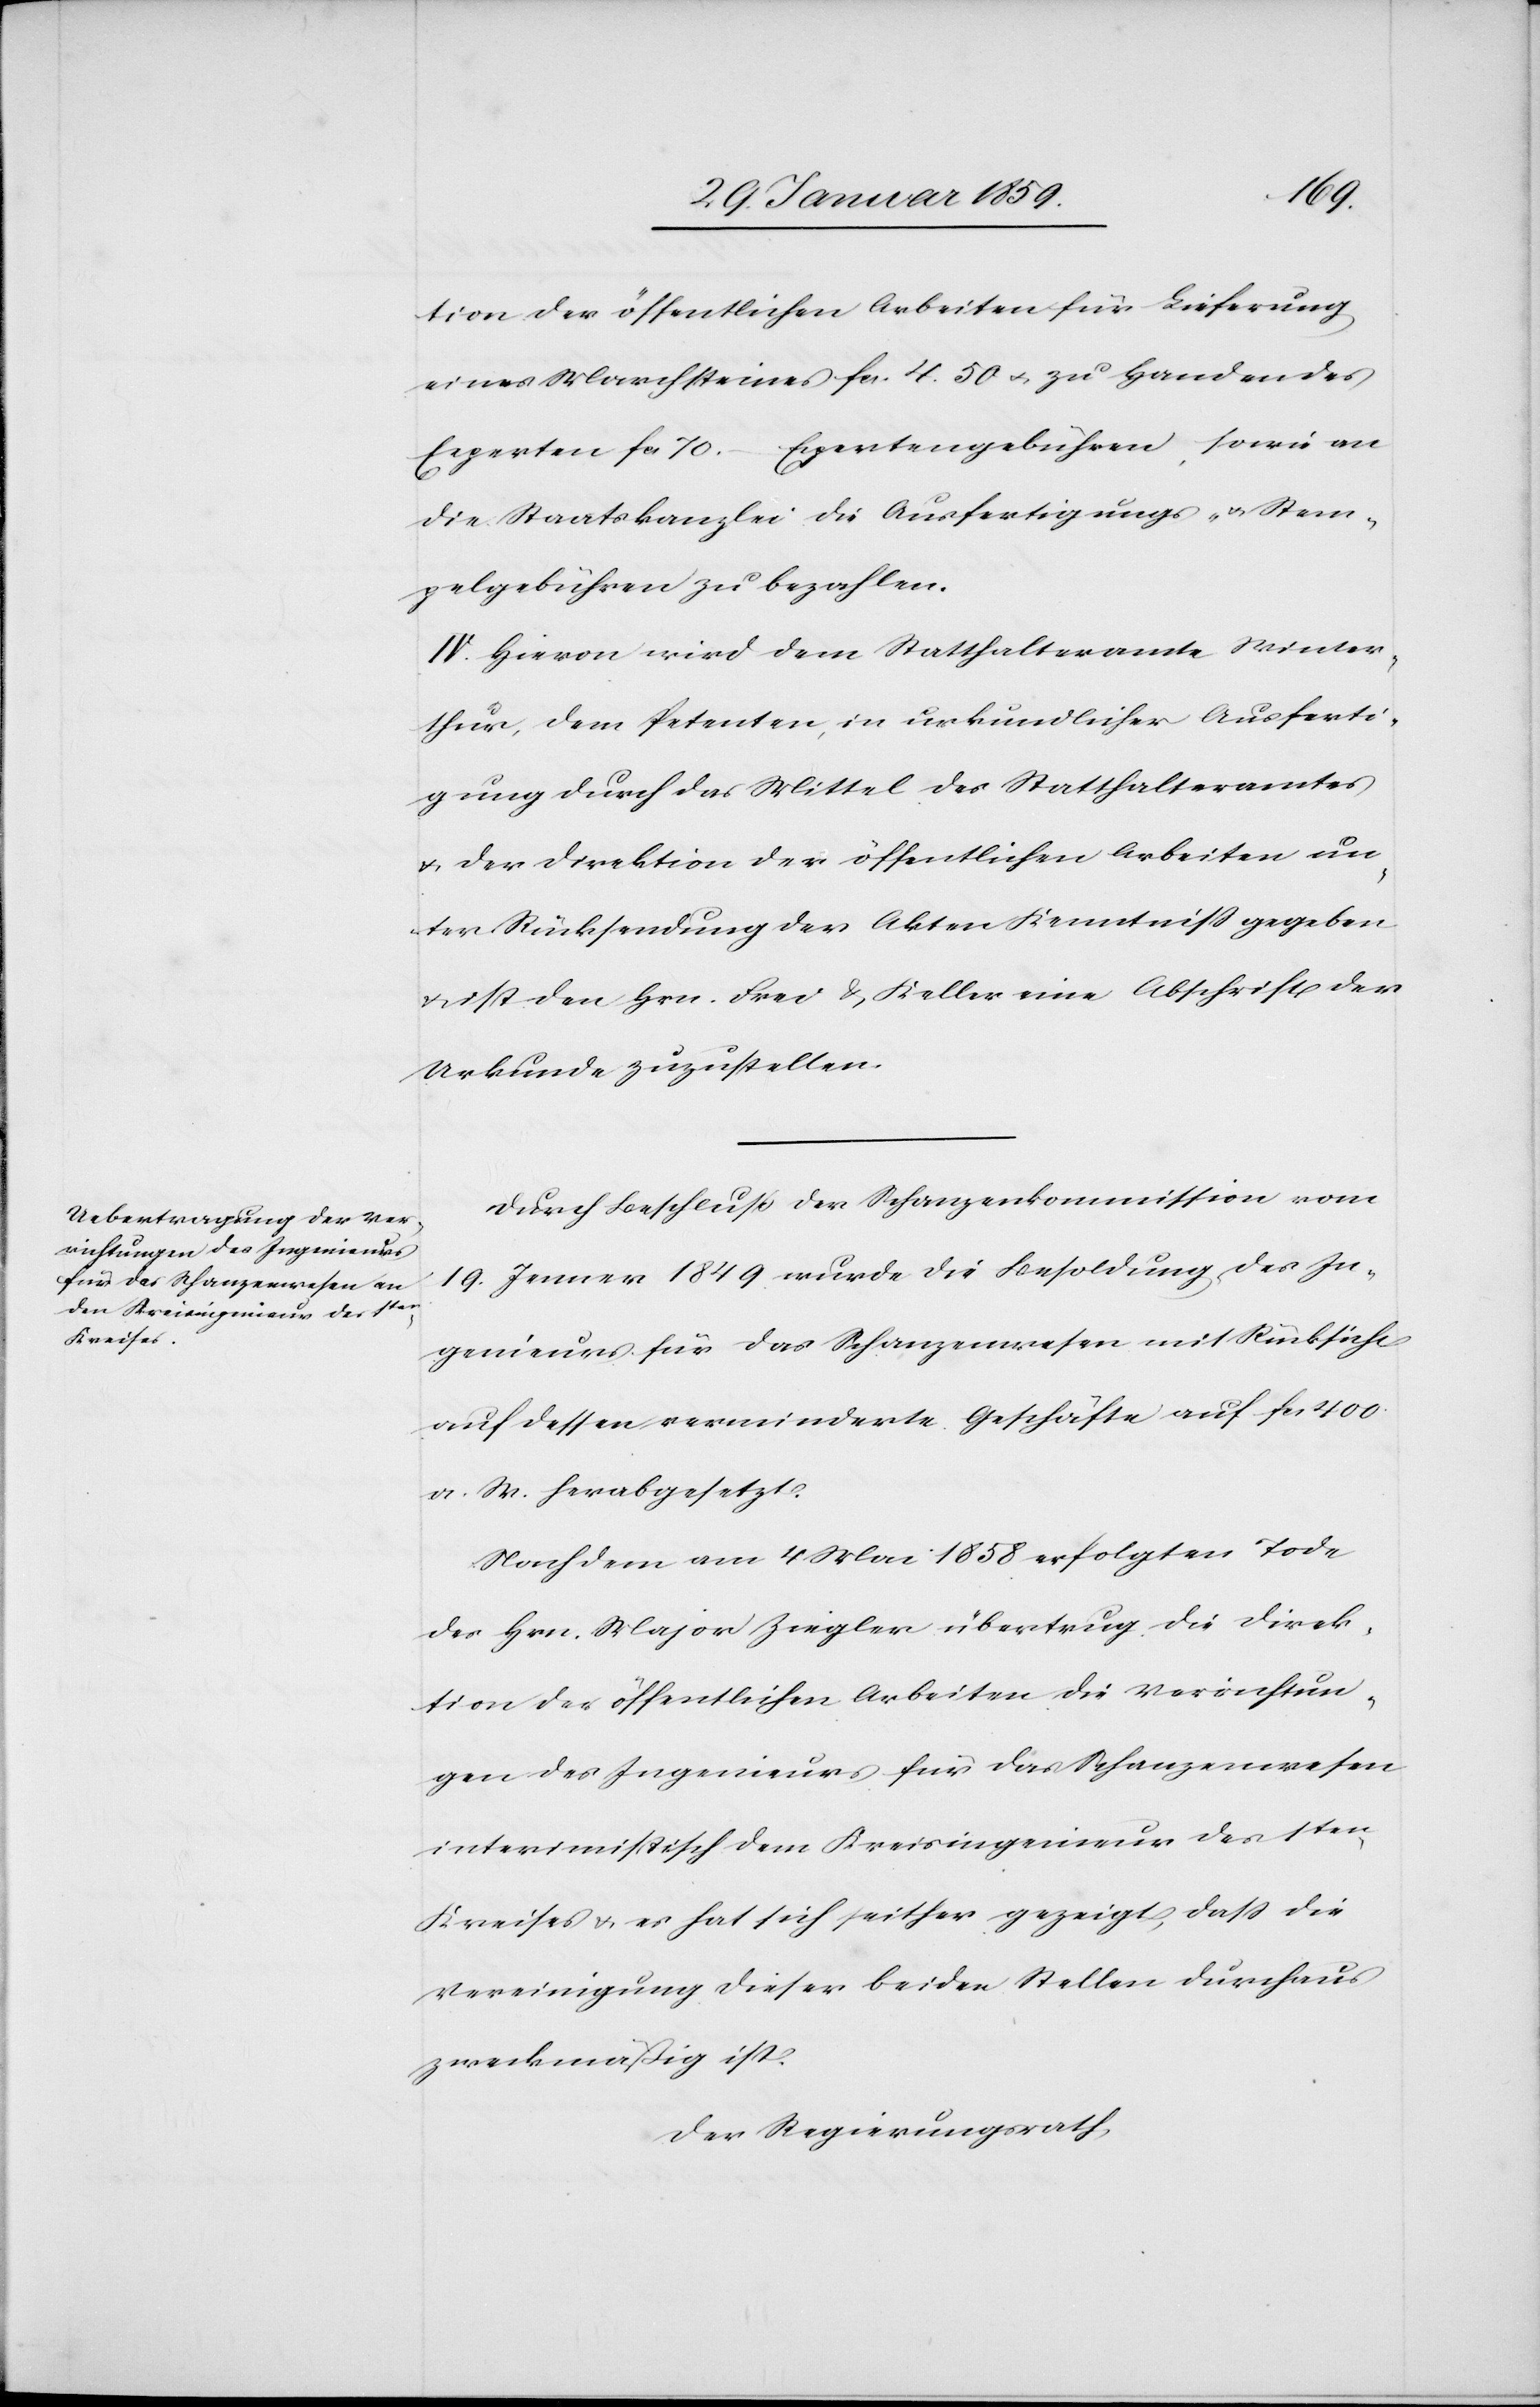
tion der öffentlichen Arbeiten für Lieferung
eines Marchsteines fcs. 4.50 u. zu Handen des
Experten fcs 70.– Expertengebühren, sowie an
die Staatskanzlei die Ausfertigungs- u. Stem¬
pelgebühren zu bezahlen.
IV. Hievon wird dem Statthalteramte Winter¬
thur, dem Petenten, in urkundlicher Ausferti¬
gung durch das Mittel des Statthalteramtes
u. der Direktion der öffentlichen Arbeiten un¬
ter Rücksendung der Akten Kenntniß gegeben
& ist den Hrn. Frei & Keller eine Abschrift der
Urkunde zuzustellen.
Durch Beschluß der Schanzenkommission vom
19. Januar 1849 wurde die Besoldung des In¬
genieurs für das Schanzenwesen mit Rücksicht
auf dessen verminderte Geschäfte auf fcs 400.
a. W. herabgesetzt.
Nach dem am 4 Mai 1858 erfolgten Tode
des Hrn. Major Ziegler übertrug die Direk¬
tion der öffentlichen Arbeiten die Verrichtun¬
gen des Ingenieurs für das Schanzenwesen
interimistisch dem Kreisingenieur des 1ten
Kreises & es hat sich seither gezeigt, daß die
Vereinigung dieser beiden Stellen durchaus
zweckmäßig ist.
Der Regierungsrath,